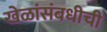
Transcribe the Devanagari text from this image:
खेळांसंबधीची